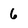
Character: 6